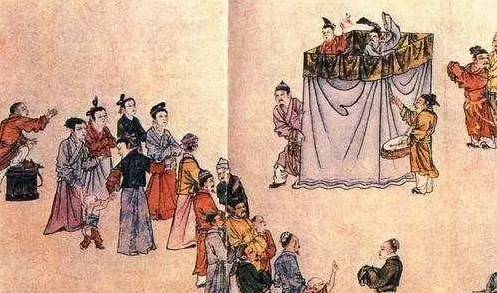
国家将兴，必有祯祥国家将亡，必有妖孽。